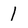
Character: I